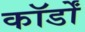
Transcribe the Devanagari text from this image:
कॉर्डों